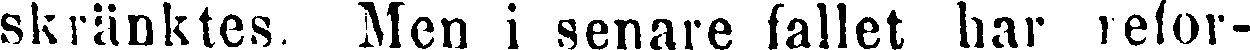
skränktes. Men i senare fallet har refor-